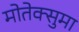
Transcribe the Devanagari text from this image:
मोतेक्सुमा